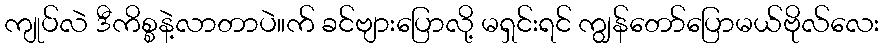
ကျုပ်လဲ ဒီကိစ္စနဲ့လာတာပဲ။က် ခင်ဗျားပြောလို့ မရှင်းရင် ကျွန်တော်ပြောမယ်ဗိုလ်လေး